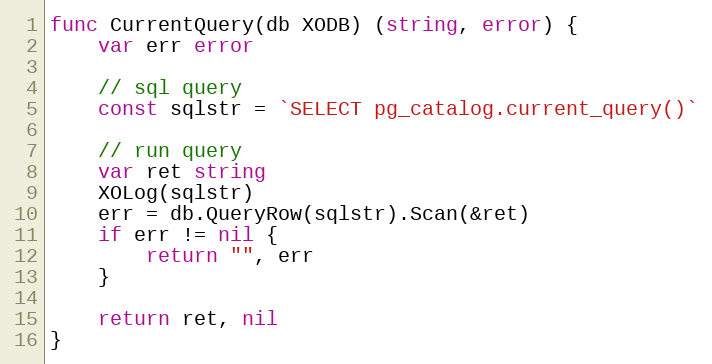
Language: Go
func CurrentQuery(db XODB) (string, error) {
	var err error

	// sql query
	const sqlstr = `SELECT pg_catalog.current_query()`

	// run query
	var ret string
	XOLog(sqlstr)
	err = db.QueryRow(sqlstr).Scan(&ret)
	if err != nil {
		return "", err
	}

	return ret, nil
}